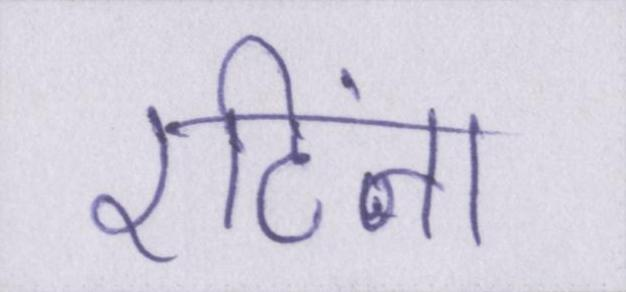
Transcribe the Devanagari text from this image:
रटिंग